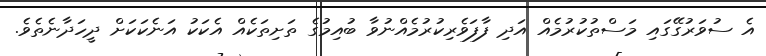
އެ ސުވަރުގޭގައި މަސްތުކުރުމެއް އަދި ފާފަވެރިކުރުމެއްނުވާ ބުއިމުގެ ތަށިތަކެއް އެކަކު އަނެކަކަށް ދީހަދާނެތެވެ.